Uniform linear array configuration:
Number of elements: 12
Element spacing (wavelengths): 0.5
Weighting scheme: blackman
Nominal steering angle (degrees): -15
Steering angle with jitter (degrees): -16.554
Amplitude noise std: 0.05
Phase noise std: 0.05

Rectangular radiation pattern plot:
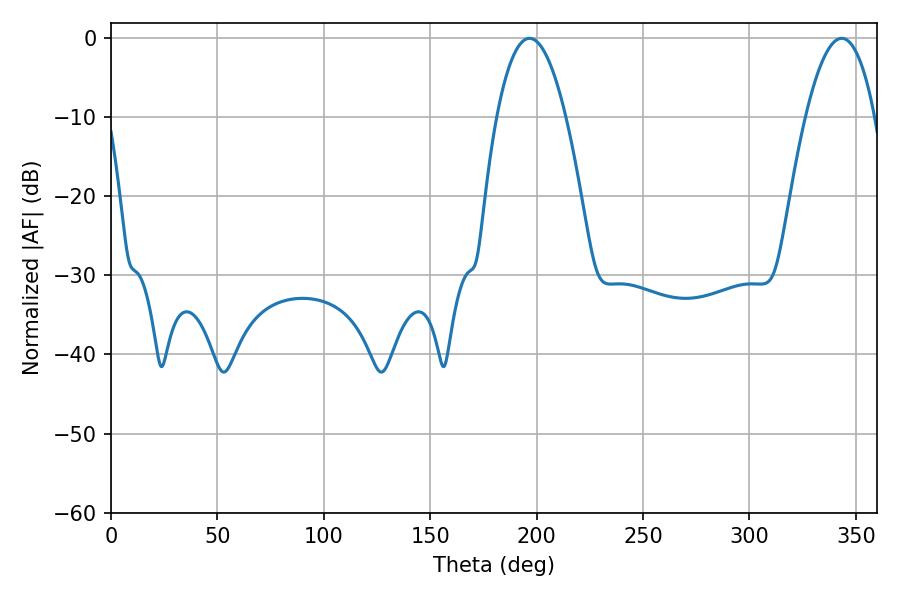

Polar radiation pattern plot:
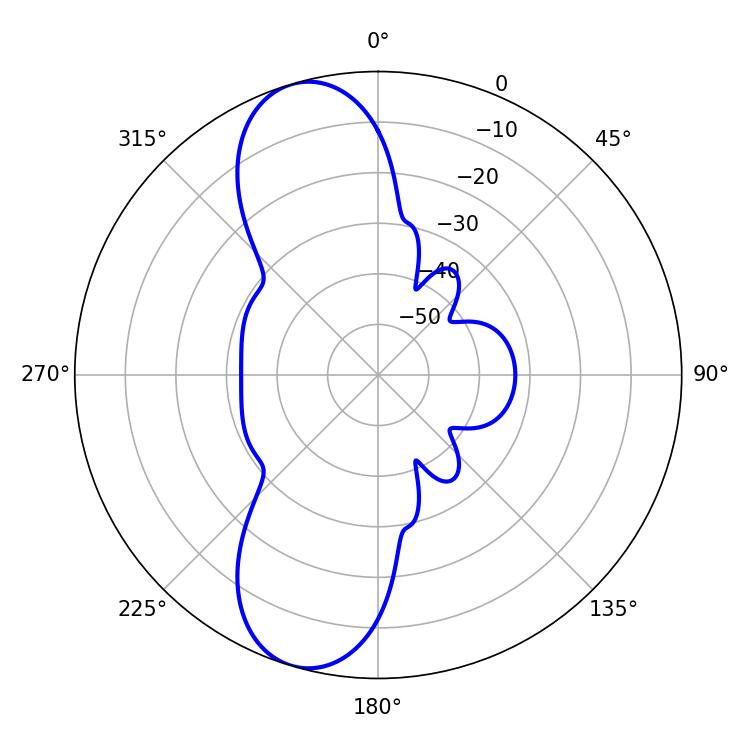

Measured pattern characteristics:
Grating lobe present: FALSE
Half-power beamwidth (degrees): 18
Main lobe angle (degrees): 196.74